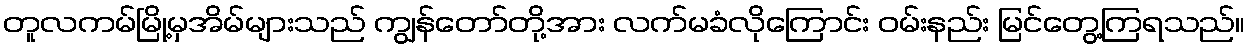
တူလကမ်မြို့မှအိမ်များသည် ကျွန်တော်တို့အား လက်မခံလိုကြောင်း ဝမ်းနည်း မြင်တွေ့ကြရသည်။